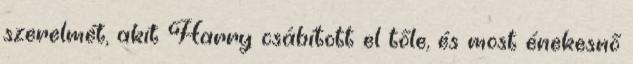
szerelmét, akit Harry csábított el tőle, és most énekesnő